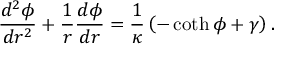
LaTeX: \frac { d ^ { 2 } \phi } { d r ^ { 2 } } + \frac { 1 } { r } \frac { d \phi } { d r } = \frac { 1 } { \kappa } \left( - \coth \phi + \gamma \right) .